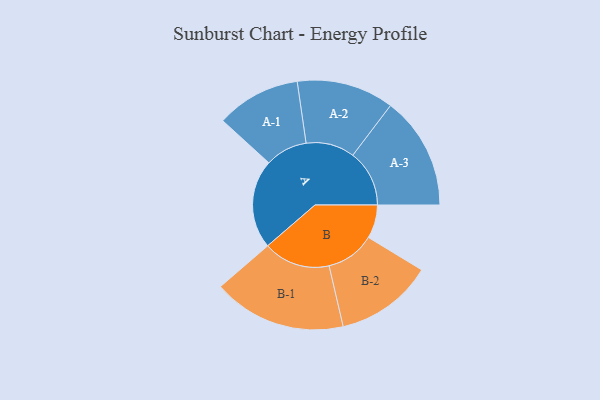
{"axis": {"x": "Segment", "y": "Value"}, "legend": ["", "A", "B"], "data": [{"x": "A", "y": 359, "type": ""}, {"x": "B", "y": 135, "type": ""}, {"x": "A-1", "y": 170, "type": "A"}, {"x": "A-2", "y": 196, "type": "A"}, {"x": "A-3", "y": 228, "type": "A"}, {"x": "B-1", "y": 269, "type": "B"}, {"x": "B-2", "y": 197, "type": "B"}]}